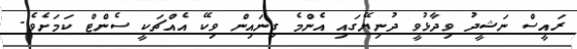
ރައީސް ނަޝީދު ވިދާޅުވީ ދުނިޔޭގައި އެންމެ ގިނައިން ވިކޭ އެއްޗަކީ ސެންޓް ކަމަށެވެ.